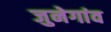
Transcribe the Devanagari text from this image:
जुनेगांव